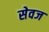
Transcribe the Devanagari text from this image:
सेवज